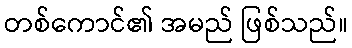
တစ်ကောင်၏ အမည် ဖြစ်သည်။